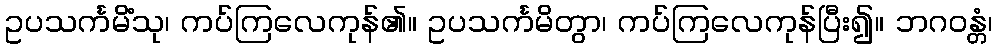
ဥပသင်္ကမိံသု၊ ကပ်ကြလေကုန်၏။ ဥပသင်္ကမိတွာ၊ ကပ်ကြလေကုန်ပြီး၍။ ဘဂဝန္တံ၊